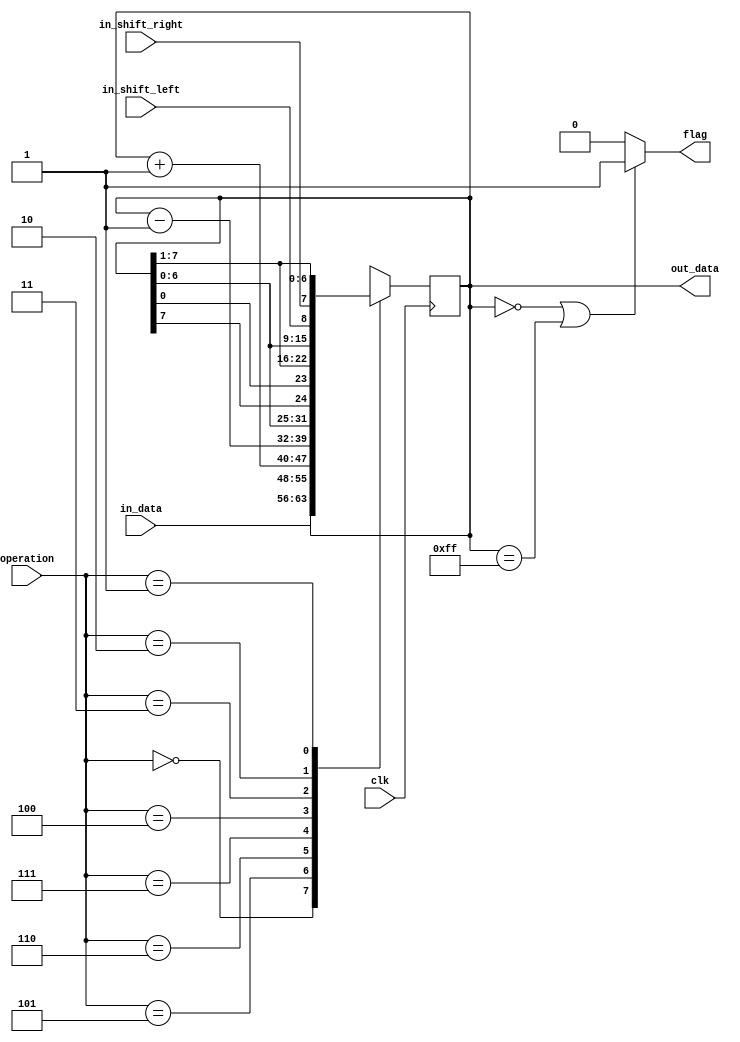
module super_register_8bits (
    input[7:0] in_data,
    input[2:0] operation,
    input clk, in_shift_right, in_shift_left,
    output reg[7:0] out_data,
    output flag // is 1 when all bits of out_data is zeros or ones
);
    localparam load = 3'h0;
    localparam shift_right = 3'h1;
    localparam shift_left  = 3'h2;
    localparam rotate_right = 3'h3;
    localparam rotate_left  = 3'h4;
    localparam store = 3'h5;
    localparam count_up = 3'h6;
    localparam count_down = 3'h7;

    always @(posedge clk) begin

        case(operation)
        load: 
            out_data <= in_data;

        store: 
            out_data <= out_data;
        
        count_up: 
            out_data <= out_data +1;
        
        count_down: 
            out_data <= out_data -1;
        
        rotate_left:
            out_data <= {out_data[6:0], out_data[7]};

        rotate_right:
            out_data <= {out_data[0], out_data[7:1]};
        
        shift_left:
            out_data <= {out_data[6:0], in_shift_left};
        
        shift_right:
            out_data <= {in_shift_right, out_data[7:1]};

        endcase
    end

    assign flag = (out_data==0 || out_data ==8'hff)? 1'b1: 1'b0;
endmodule